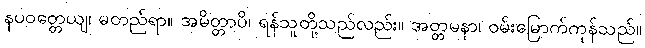
နပဝတ္တေယျ၊ မတည်ရာ။ အမိတ္တာပိ၊ ရန်သူတို့သည်လည်း။ အတ္တမနာ၊ ဝမ်းမြောက်ကုန်သည်။